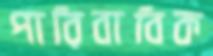
পারিবাবিক